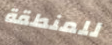
للمنطقة